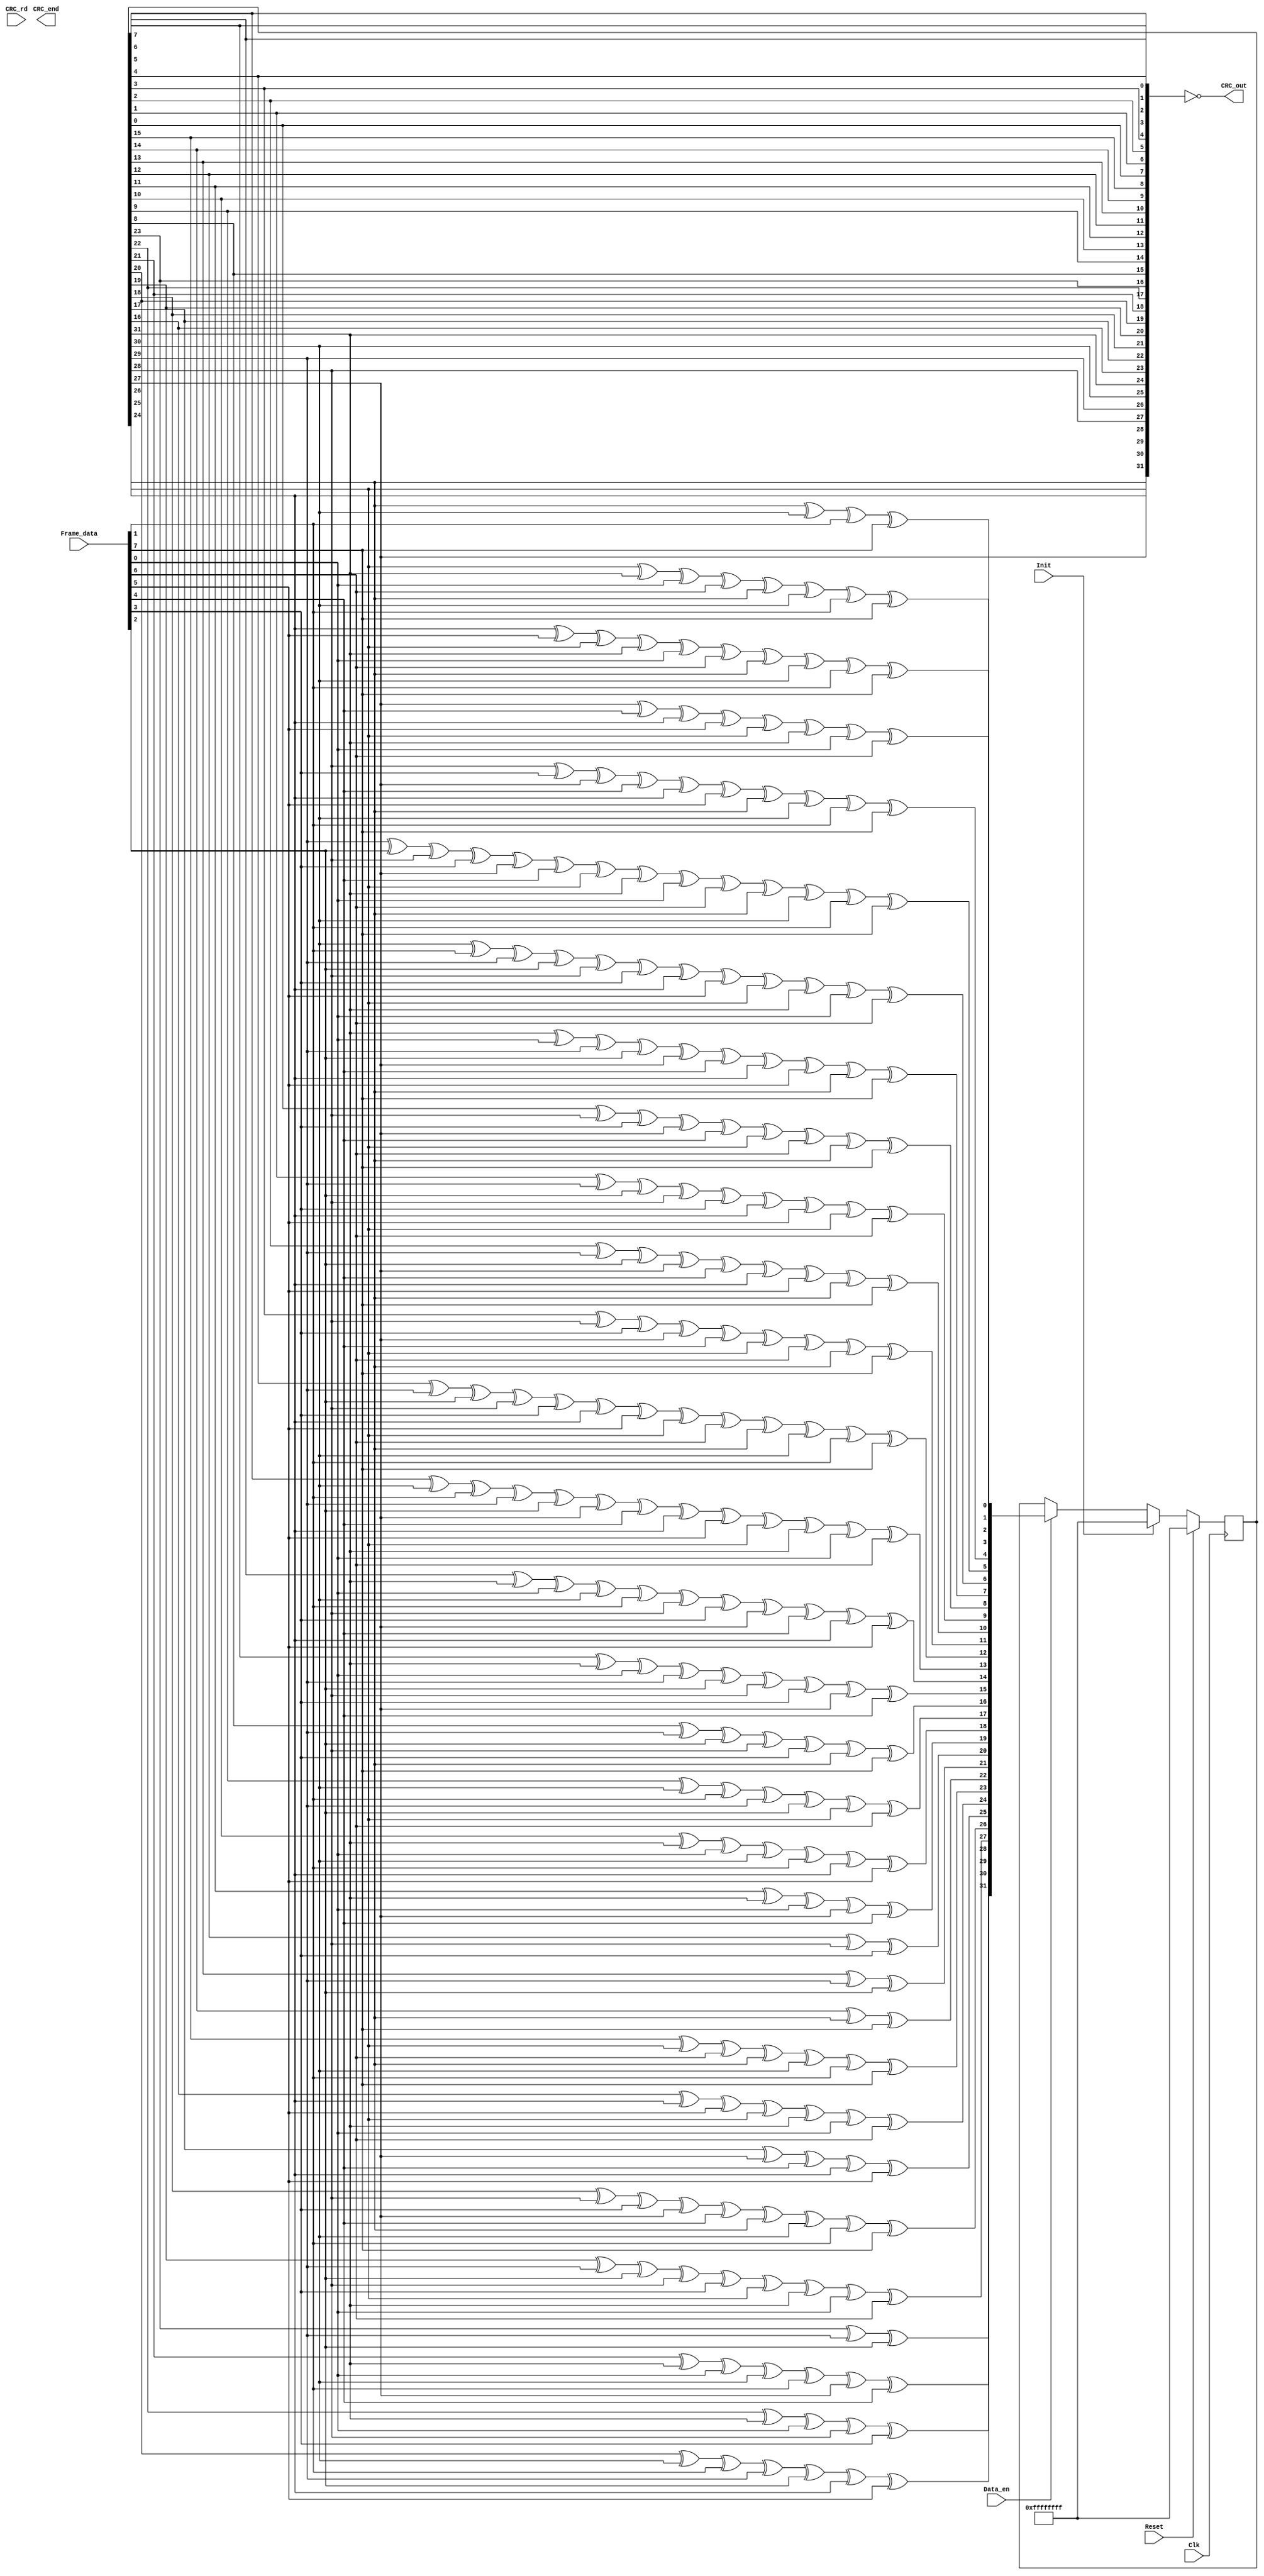
module crc_gen (
	input          Reset,
	input          Clk,
	input          Init,
	input  [7:0]   Frame_data,
	input          Data_en,
	input          CRC_rd,
	output [31:0]  CRC_out,
	output reg     CRC_end
);
reg [31:0] CRC_reg;
reg [3:0]  Counter;

function[31:0]  NextCRC;
	input[7:0]  D;
	input[31:0] C;
	reg[31:0]   NewCRC;
begin
	NewCRC[0]=C[24]^C[30]^D[1]^D[7];
	NewCRC[1]=C[25]^C[31]^D[0]^D[6]^C[24]^C[30]^D[1]^D[7];
	NewCRC[2]=C[26]^D[5]^C[25]^C[31]^D[0]^D[6]^C[24]^C[30]^D[1]^D[7];
	NewCRC[3]=C[27]^D[4]^C[26]^D[5]^C[25]^C[31]^D[0]^D[6];
	NewCRC[4]=C[28]^D[3]^C[27]^D[4]^C[26]^D[5]^C[24]^C[30]^D[1]^D[7];
	NewCRC[5]=C[29]^D[2]^C[28]^D[3]^C[27]^D[4]^C[25]^C[31]^D[0]^D[6]^C[24]^C[30]^D[1]^D[7];
	NewCRC[6]=C[30]^D[1]^C[29]^D[2]^C[28]^D[3]^C[26]^D[5]^C[25]^C[31]^D[0]^D[6];
	NewCRC[7]=C[31]^D[0]^C[29]^D[2]^C[27]^D[4]^C[26]^D[5]^C[24]^D[7];
	NewCRC[8]=C[0]^C[28]^D[3]^C[27]^D[4]^C[25]^D[6]^C[24]^D[7];
	NewCRC[9]=C[1]^C[29]^D[2]^C[28]^D[3]^C[26]^D[5]^C[25]^D[6];
	NewCRC[10]=C[2]^C[29]^D[2]^C[27]^D[4]^C[26]^D[5]^C[24]^D[7];
	NewCRC[11]=C[3]^C[28]^D[3]^C[27]^D[4]^C[25]^D[6]^C[24]^D[7];
	NewCRC[12]=C[4]^C[29]^D[2]^C[28]^D[3]^C[26]^D[5]^C[25]^D[6]^C[24]^C[30]^D[1]^D[7];
	NewCRC[13]=C[5]^C[30]^D[1]^C[29]^D[2]^C[27]^D[4]^C[26]^D[5]^C[25]^C[31]^D[0]^D[6];
	NewCRC[14]=C[6]^C[31]^D[0]^C[30]^D[1]^C[28]^D[3]^C[27]^D[4]^C[26]^D[5];
	NewCRC[15]=C[7]^C[31]^D[0]^C[29]^D[2]^C[28]^D[3]^C[27]^D[4];
	NewCRC[16]=C[8]^C[29]^D[2]^C[28]^D[3]^C[24]^D[7];
	NewCRC[17]=C[9]^C[30]^D[1]^C[29]^D[2]^C[25]^D[6];
	NewCRC[18]=C[10]^C[31]^D[0]^C[30]^D[1]^C[26]^D[5];
	NewCRC[19]=C[11]^C[31]^D[0]^C[27]^D[4];
	NewCRC[20]=C[12]^C[28]^D[3];
	NewCRC[21]=C[13]^C[29]^D[2];
	NewCRC[22]=C[14]^C[24]^D[7];
	NewCRC[23]=C[15]^C[25]^D[6]^C[24]^C[30]^D[1]^D[7];
	NewCRC[24]=C[16]^C[26]^D[5]^C[25]^C[31]^D[0]^D[6];
	NewCRC[25]=C[17]^C[27]^D[4]^C[26]^D[5];
	NewCRC[26]=C[18]^C[28]^D[3]^C[27]^D[4]^C[24]^C[30]^D[1]^D[7];
	NewCRC[27]=C[19]^C[29]^D[2]^C[28]^D[3]^C[25]^C[31]^D[0]^D[6];
	NewCRC[28]=C[20]^C[30]^D[1]^C[29]^D[2]^C[26]^D[5];
	NewCRC[29]=C[21]^C[31]^D[0]^C[30]^D[1]^C[27]^D[4];
	NewCRC[30]=C[22]^C[31]^D[0]^C[28]^D[3];
	NewCRC[31]=C[23]^C[29]^D[2];
	NextCRC=NewCRC;
end
endfunction

always @ ( negedge Clk )
	if (Reset)
		CRC_reg <= 32'hffffffff;
	else
		CRC_reg <= Init ? 32'hffffffff : Data_en ? NextCRC(Frame_data, CRC_reg ) : CRC_reg;
	assign CRC_out = ~{ CRC_reg[24],CRC_reg[25],CRC_reg[26],CRC_reg[27],CRC_reg[28],CRC_reg[29],CRC_reg[30],CRC_reg[31], CRC_reg[16],CRC_reg[17],CRC_reg[18],CRC_reg[19],CRC_reg[20],CRC_reg[21],CRC_reg[22],CRC_reg[23], CRC_reg[ 8],CRC_reg[ 9],CRC_reg[10],CRC_reg[11],CRC_reg[12],CRC_reg[13],CRC_reg[14],CRC_reg[15], CRC_reg[ 0],CRC_reg[ 1],CRC_reg[ 2],CRC_reg[ 3],CRC_reg[ 4],CRC_reg[ 5],CRC_reg[ 6],CRC_reg[ 7] };
endmodule